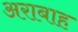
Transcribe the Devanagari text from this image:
अराबाह